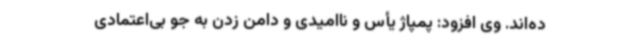
ده‌اند. وی افزود: پمپاژ یأس و ناامیدی و دامن زدن به جو بی‌اعتمادی